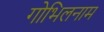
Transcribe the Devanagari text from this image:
गोभिलनाम